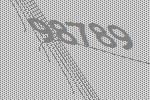
98789